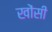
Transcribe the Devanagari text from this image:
खोंसी